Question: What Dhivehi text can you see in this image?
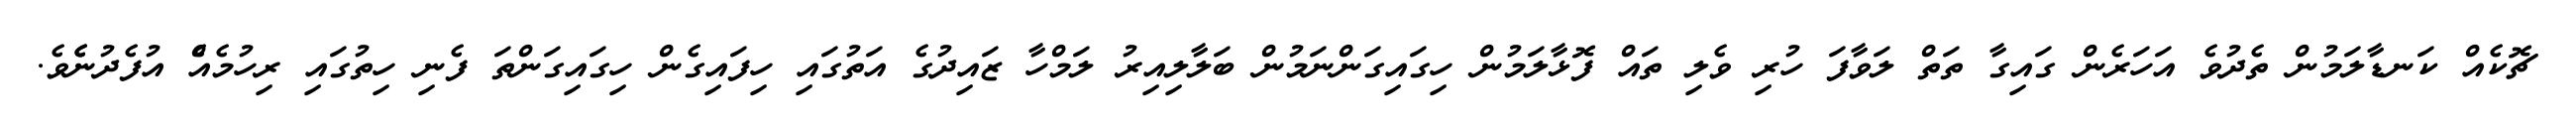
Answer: ޗޮކެއް ކަނޑާލަމުން ތެދުވެ އަހަރެން ގައިގާ ތަތް ލަވާފަ ހުރި ވެލި ތައް ފޮޅާލަމުން ހިގައިގަންނަމުން ބަލާލިއިރު ލަމްހާ ޒައިދުގެ އަތުގައި ހިފައިގެން ހިގައިގަންތަ ފެނި ހިތުގައި ރިހުމެއެް އުފެދުނެެވެ.